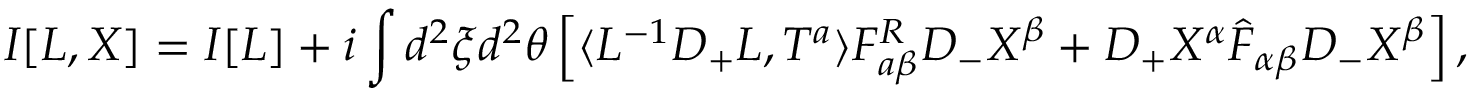
I [ L , X ] = I [ L ] + i \int d ^ { 2 } \xi d ^ { 2 } \theta \left[ \langle L ^ { - 1 } D _ { + } L , T ^ { a } \rangle F _ { a \beta } ^ { R } D _ { - } X ^ { \beta } + D _ { + } X ^ { \alpha } \hat { F } _ { \alpha \beta } D _ { - } X ^ { \beta } \right] ,